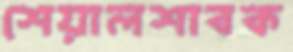
শেয়ালশাবক